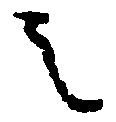
之